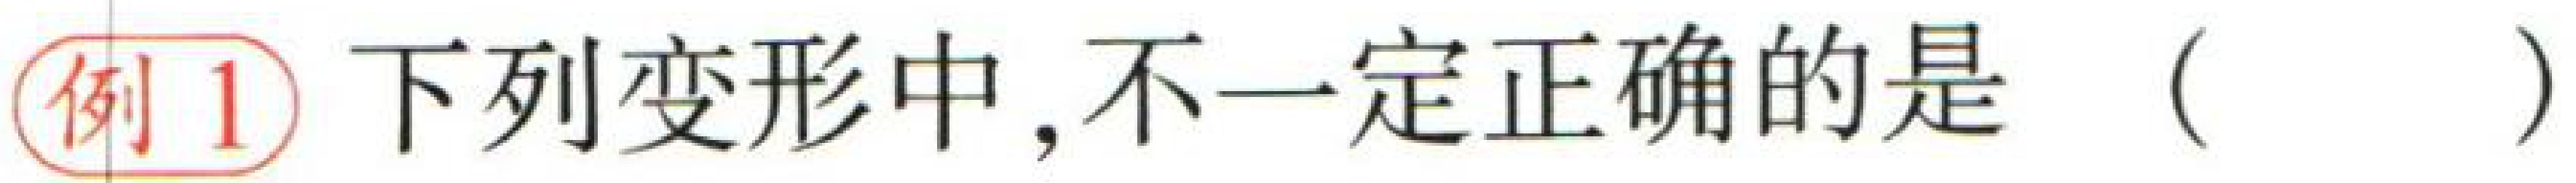
例1 下列变形中, 不一定正确的是（  ）